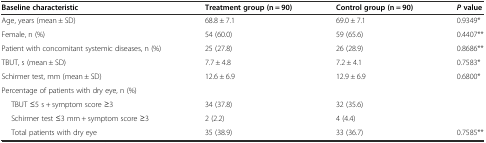
<table><thead><tr><td><b>Baseline characteristic</b></td><td><b>Treatment group (n = 90)</b></td><td><b>Control group (n = 90)</b></td><td><b><i>P</i>value</b></td></tr></thead><tbody><tr><td>Age, years (mean ± SD)</td><td>68.8 ± 7.1</td><td>69.0 ± 7.1</td><td>0.9349*</td></tr><tr><td>Female, n (%)</td><td>54 (60.0)</td><td>59 (65.6)</td><td>0.4407**</td></tr><tr><td>Patient with concomitant systemic diseases, n (%)</td><td>25 (27.8)</td><td>26 (28.9)</td><td>0.8686**</td></tr><tr><td>TBUT, s (mean ± SD)</td><td>7.7 ± 4.8</td><td>7.2 ± 4.1</td><td>0.7583*</td></tr><tr><td>Schirmer test, mm (mean ± SD)</td><td>12.6 ± 6.9</td><td>12.9 ± 6.9</td><td>0.6800*</td></tr><tr><td>Percentage of patients with dry eye, n (%)</td><td></td><td></td><td></td></tr><tr><td>TBUT ≤5 s + symptom score ≥3</td><td>34 (37.8)</td><td>32 (35.6)</td><td></td></tr><tr><td>Schirmer test ≤3 mm + symptom score ≥3</td><td>2 (2.2)</td><td>4 (4.4)</td><td></td></tr><tr><td>Total patients with dry eye</td><td>35 (38.9)</td><td>33 (36.7)</td><td>0.7585**</td></tr></tbody></table>